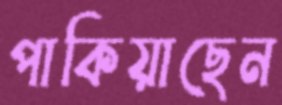
পাকিয়াছেন